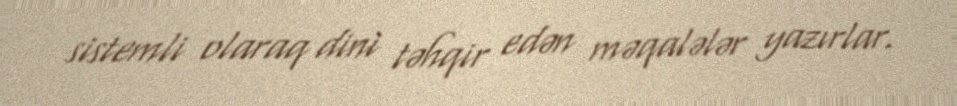
sistemli olaraq dini təhqir edən məqalələr yazırlar.